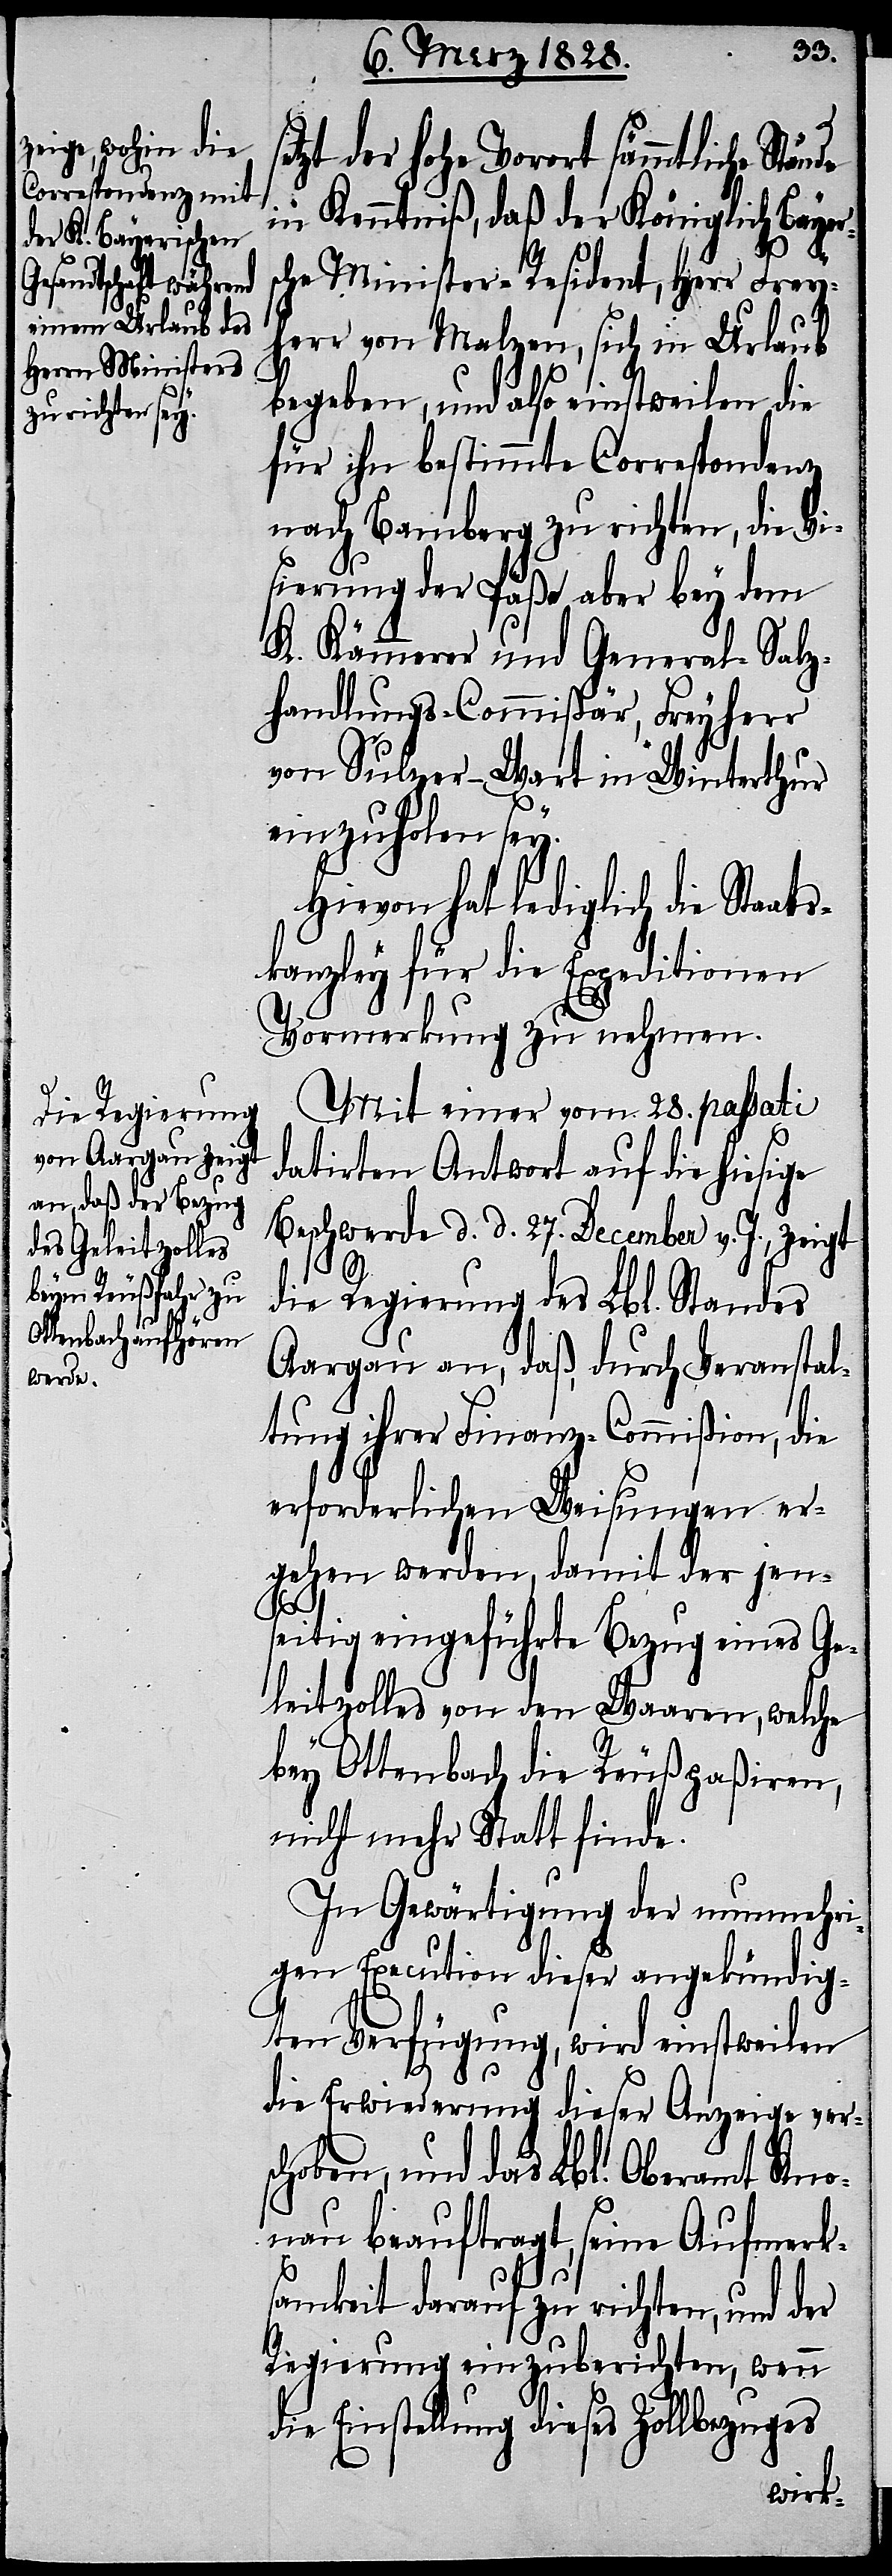
de
etzt der hohe Vorort sämmtliche Stän¬
in Kenntniß, daß der Königlich Bayer¬
sche Minister-Resident, Herr Frey¬
herr von Malzen, sich in Urlaub
begeben, und also einstweilen die
für ihn bestimmte Correspondenz
nach Bamberg zu richten, die Vi¬
sierung der Päße aber bey dem
K. Kämmerer und General-Salz¬
handlungs-Commißär, Freyherr
von Sulzer-Wart in Winterthur
einzuholen sey.
Hievon hat lediglich die Staats¬
kanzley für die Expeditionen
Vormerkung zu nehmen.
Mit einer vom 28. passati
datirten Antwort auf die hiesige
Beschwerde d. d. 27. December v. J., zeigt
die Regierung des Lbl. Standes
Aargau an, daß, durch Veranstal¬
tung ihrer Finanz-Commißion, die
erforderlichen Weisungen er¬
gehen werden, damit der jen¬
seitig eingeführte Bezug eines Ge¬
leitzolles von den Waaren, welche
bey Ottenbach die Reuß paßiren,
nicht mehr Statt finde.
In Gewärtigung der nunmehri¬
gen Execution dieser angekündig¬
ten Verfügung, wird einstweilen
die Erwiederung dieser Anzeige ver¬
schoben, und das Lbl. Oberamt Kno¬
nau beauftragt, seine Aufmerk¬
samkeit darauf zu richten, und der
Regierung einzuberichten, wenn
die Einstellung dieses Zollbezuges